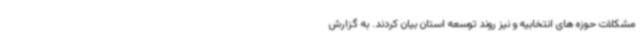
مشکلات حوزه های انتخابیه و نیز روند توسعه استان بیان کردند. به گزارش